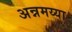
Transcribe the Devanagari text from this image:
अन्नमय्या